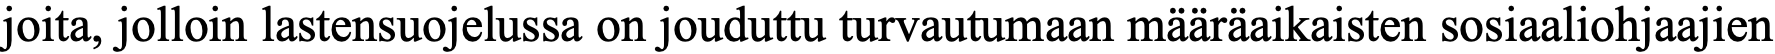
joita, jolloin lastensuojelussa on jouduttu turvautumaan määräaikaisten sosiaaliohjaajien